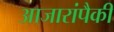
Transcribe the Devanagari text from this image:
आजारांपैकी